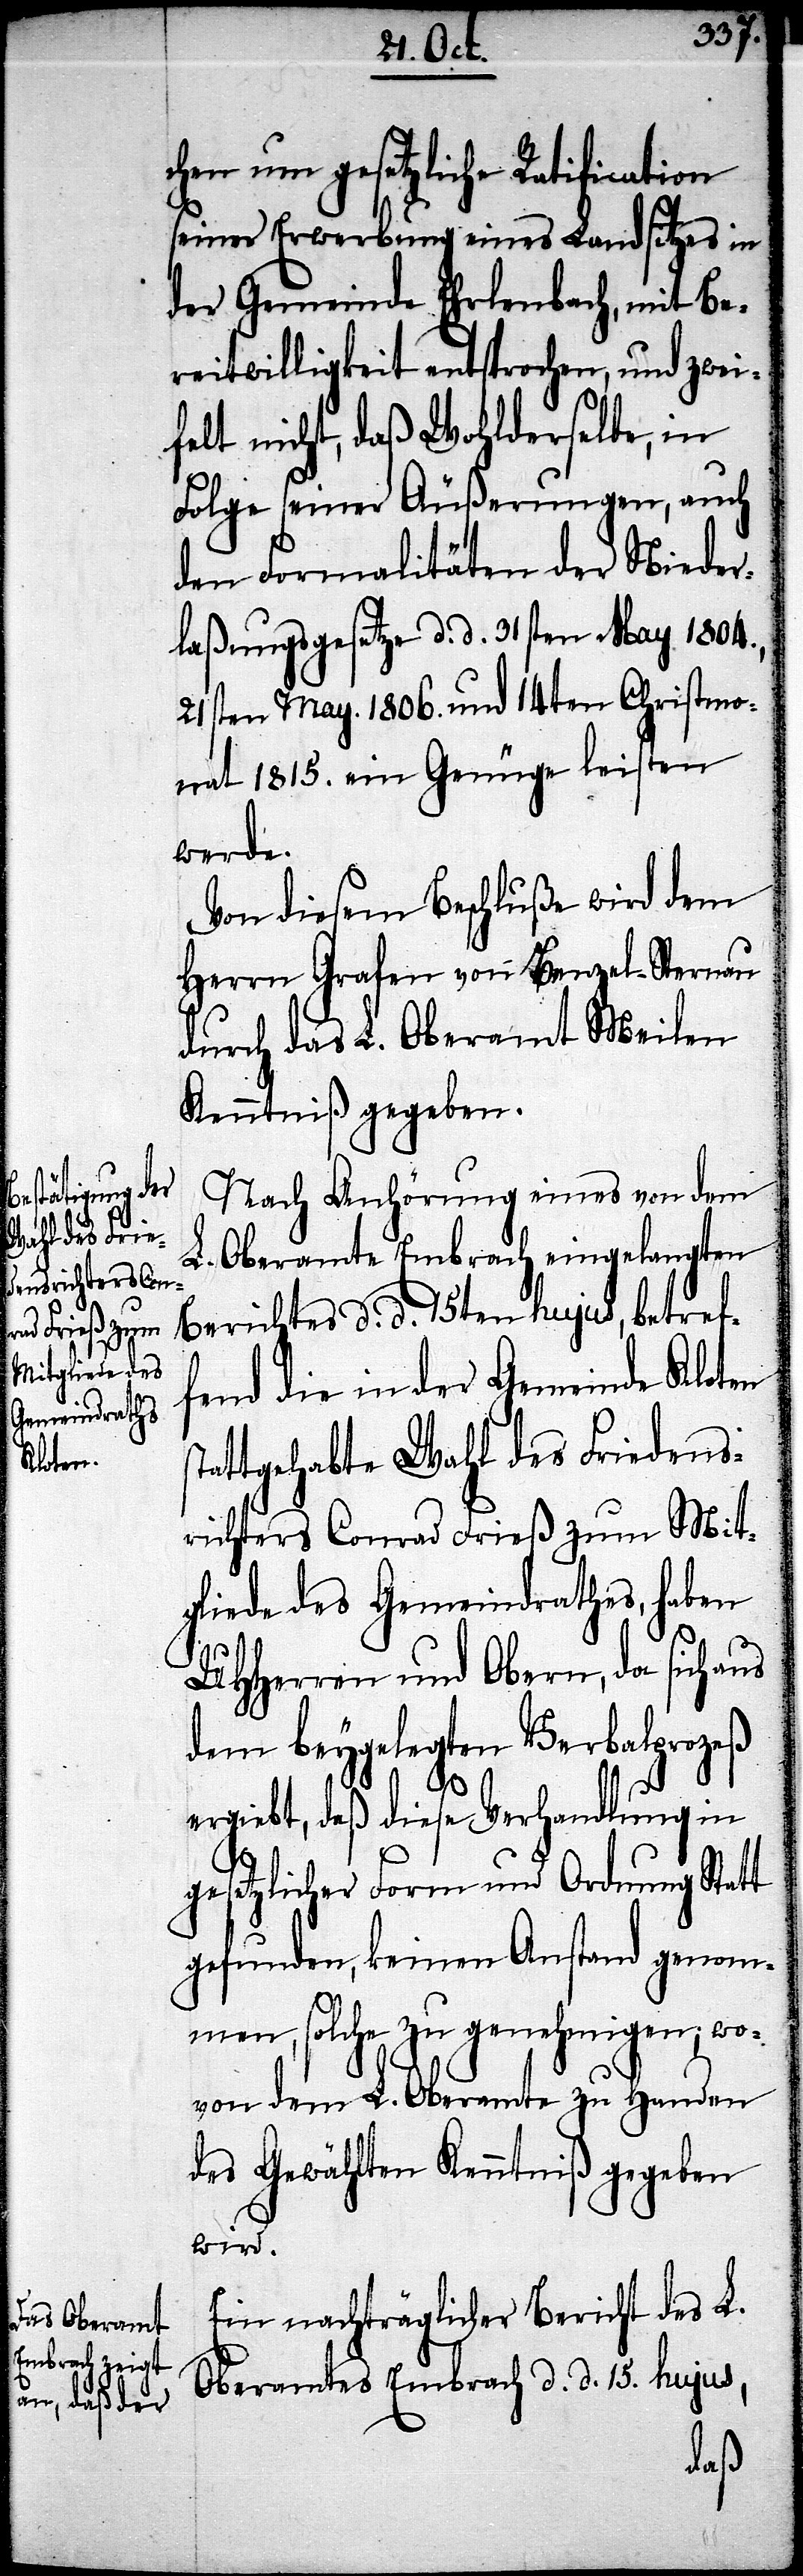
chen um gesetzliche Ratification
seiner Erwerbung eines Landsitzes in
der Gemeinde Ehrlenbach, mit Be¬
reitwilligkeit entsprochen, und zwei¬
felt nicht, daß Wohlderselbe, in
Folge seiner Äußerungen, auch
den Formalitäten der Nieder¬
laßungsgesetze d. d. 31sten May 1804.,
21sten May 1806. und 14ten Christmo¬
nat 1815. ein Genüge leisten
werde.
Von diesem Beschluße wird dem
Herrn Grafen von Benzel-Sternau
durch das L. Oberamt Meilen
Kenntniß gegeben.
Nach Anhörung eines von dem
L. Oberamte Embrach eingelangten
Berichtes d. d. 15ten hujus, betref¬
gefu¬
fend die in der Gemeinde Kloten
stat¬
tgehabte Wahl des Friedens¬
richters Conrad Frieß zum Mit¬
gliede des Gemeindrathes, haben
UHHerren und Obern, da sich aus
dem beygelegten Verbalprozeß
ergiebt, daß diese Verhandlung in
gesetzlicher Form und Ordnung Statt
nden, solche zu genehmigen, wo¬
von dem L. Oberamte zu Handen
des Gewählten Kenntniß gegeben
wird.
Ein nachträglicher Bericht des L.
Oberamtes Embrach d. d. 15. hujus,